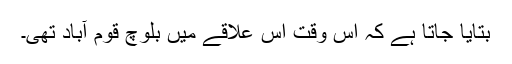
بتایا جاتا ہے کہ اس وقت اس علاقے میں بلوچ قوم آباد تھی۔